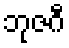
ဘုဇဂီ